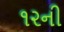
૧૨ની